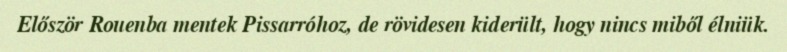
Először Rouenba mentek Pissarróhoz, de rövidesen kiderült, hogy nincs miből élniük.